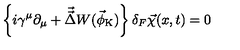
\left\{ i \gamma ^ { \mu } \partial _ { \mu } + \vec { \vec { \Delta } } W ( \vec { \phi } _ { \mathrm { K } } ) \right\} \delta _ { F } \vec { \chi } ( x , t ) = 0